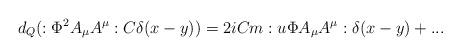
LaTeX: \begin{align*}d_Q(:\Phi^2 A_\mu A^\mu:C\delta(x-y)) = 2iCm:u\Phi A_\mu A^\mu:\delta(x-y)+...\end{align*}